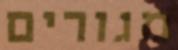
מגורים